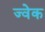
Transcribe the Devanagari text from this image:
ज्वेक